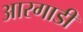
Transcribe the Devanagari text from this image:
आरगाडी